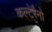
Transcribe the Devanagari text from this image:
कल्टेरैनो